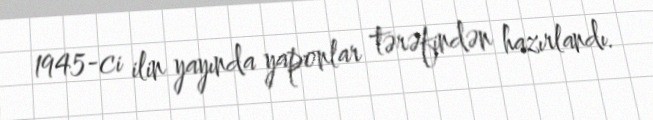
1945-ci ilin yayında yaponlar tərəfindən hazırlandı.